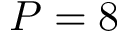
P = 8